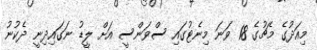
މިއަދުގެ މެޗުގެ 18 ވަނަ މިނެޓުގައި ސްވަންސީ އަށް ލީޑު ނަގައިދިނީ ދެކުނު